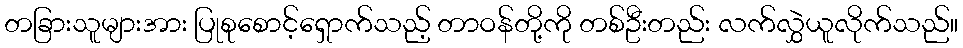
တခြားသူများအား ပြုစုစောင့်ရှောက်သည့် တာဝန်တို့ကို တစ်ဦးတည်း လက်လွှဲယူလိုက်သည်။